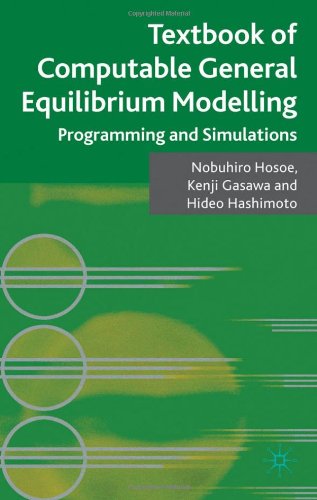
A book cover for Textbook of Computable General Equilibrium Modeling: Programming and Simulations; Nobuhiro Hosoe; Business & Money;